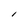
Character: I